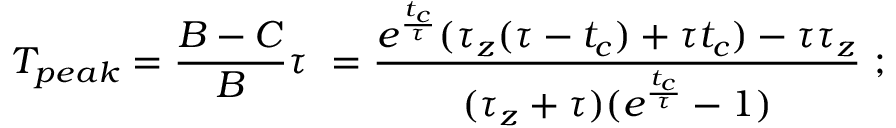
T _ { p e a k } = \frac { B - C } { B } \tau ~ = \frac { e ^ { \frac { t _ { c } } { \tau } } ( \tau _ { z } ( \tau - t _ { c } ) + \tau t _ { c } ) - \tau \tau _ { z } } { ( \tau _ { z } + \tau ) ( e ^ { \frac { t _ { c } } { \tau } } - 1 ) } ~ ;